Civil Veterinary Dept. Assam report 1927-50 - 1927-1950
Year: 1927
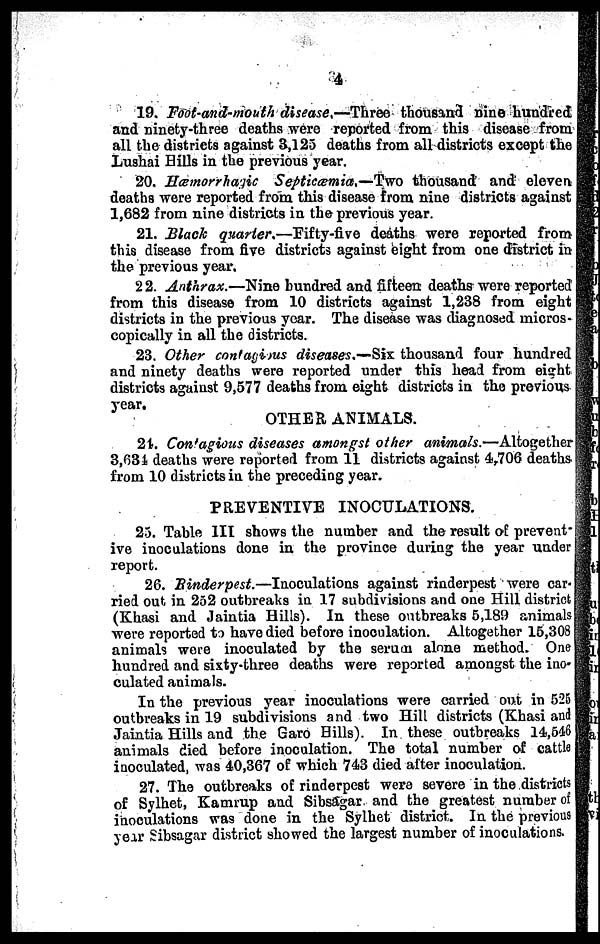
4
19. Foot-and-mouth disease,—Three thousand nine hundred
and ninety-three deaths were reported from this disease from
all the districts against 3,125 deaths from all districts except the
Lushai Hills in the previous year.
20. Hæmorrhagic Septicæmia,—Two thousand and eleven
deaths were reported from this disease from nine districts against
1,682 from nine districts in the previous year.
21. Black quarter.—Eifty-five deaths were reported from
this disease from five districts against eight from one district in
the previous year,
22. Anthrax.—Nine hundred and fifteen deaths were reported
from this disease from 10 districts against 1,238 from eight
districts in the previous year. The disease was diagnosed micros-
copically in all the districts.
23. Other contagious diseases,—Six thousand four hundred
and ninety deaths were reported under this head from eight
districts against 9,577 deaths from eight districts in the previous
year.
OTHER ANIMALS.
21. Con'agious diseases amongst other animals.—Altogether
3,634 deaths were reported from 11 districts against 4,706 deaths
from 10 districts in the preceding year.
PREVENTIVE INOCULATIONS.
25. Table III shows the number and the result of prevent
ive inoculations done in the province during the year under
report.
26. Rinderpest.—Inoculations against rinderpest were car-
ried out in 252 outbreaks in 17 subdivisions and one Hill district
(Khasi and Jaintia Hills). In these outbreaks 5,189 animals
were reported to have died before inoculation. Altogether 15,308
animals were inoculated by the serum alone method. One
hundred and sixty-three deaths were reported amongst the ino-
culated animals.
In the previous year inoculations were carried out in 525
outbreaks in 19 subdivisions and two Hill districts (Khasi and
Jaintia Hills and the Garo Hills). In these outbreaks 14,546
animals died before inoculation. The total number of cattle
inoculated, was 40,367 of which 743 died alter inoculation.
27. The outbreaks of rinderpest were severe in the districts
of Sylhet, Kamrup and Sibsagar and the greatest number of
inoculations was done in the Sylhet district. In the previous
year Sibsagar district showed the largest number of inoculations.